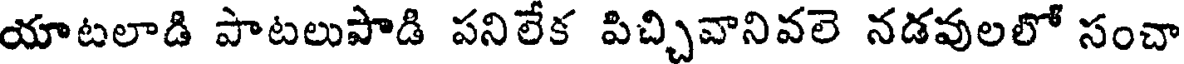
యాటలాడి పాటలుపాడి పనిలేక పిచ్చివానివలె నడవులలో సంచా